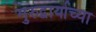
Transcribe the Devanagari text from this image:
गुरुद्वार्याच्या